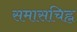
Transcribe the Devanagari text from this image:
समासचिह्न